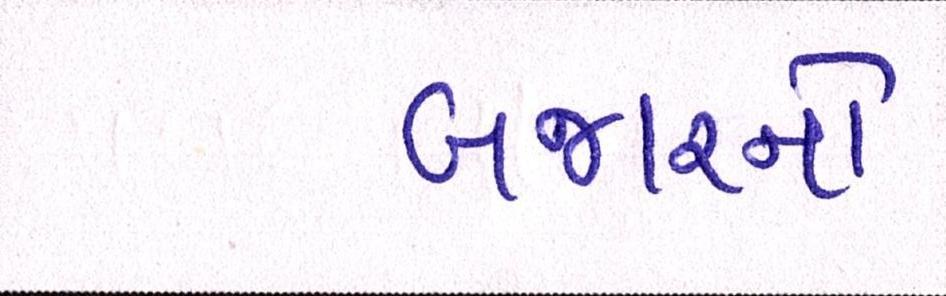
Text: બજારનો